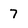
Character: 7